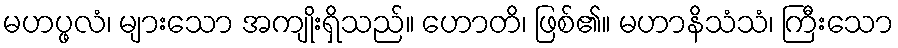
မဟပ္ဖလံ၊ များသော အကျိုးရှိသည်။ ဟောတိ၊ ဖြစ်၏။ မဟာနိသံသံ၊ ကြီးသော